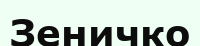
Зеничко